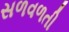
સળવળતી